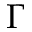
\Gamma